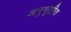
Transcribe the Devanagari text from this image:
अनुभूतीच